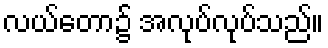
လယ်တော၌ အလုပ်လုပ်သည်။